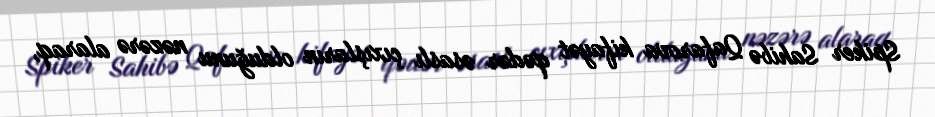
Spiker Sahibə Qafarova kifayət qədər əsaslı çıxışların olduğunu nəzərə alaraq,